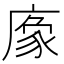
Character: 𢊔